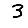
Digit: 3